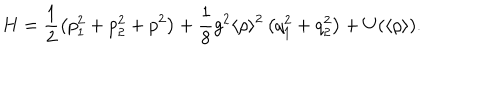
H = \frac { 1 } { 2 } \left( p _ { 1 } ^ { 2 } + p _ { 2 } ^ { 2 } + p ^ { 2 } \right) + \frac { 1 } { 8 } g ^ { 2 } \langle \rho \rangle ^ { 2 } \left( q _ { 1 } ^ { 2 } + q _ { 2 } ^ { 2 } \right) + U ( \langle \rho \rangle ) .